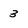
Character: 3